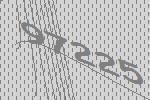
97225